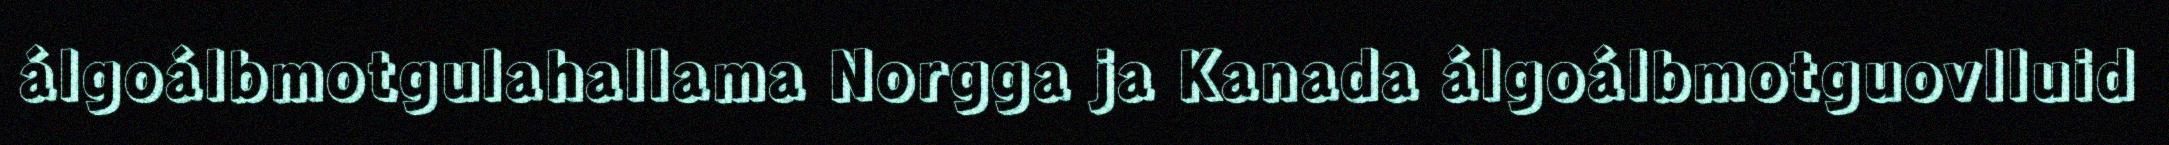
álgoálbmotgulahallama Norgga ja Kanada álgoálbmotguovlluid